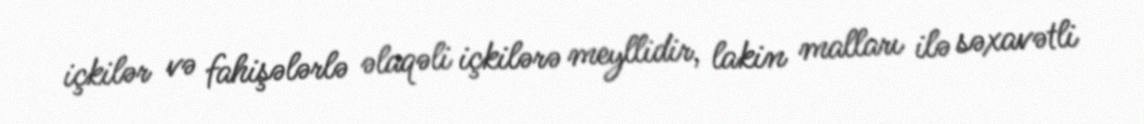
içkilər və fahişələrlə əlaqəli içkilərə meyllidir, lakin malları ilə səxavətli